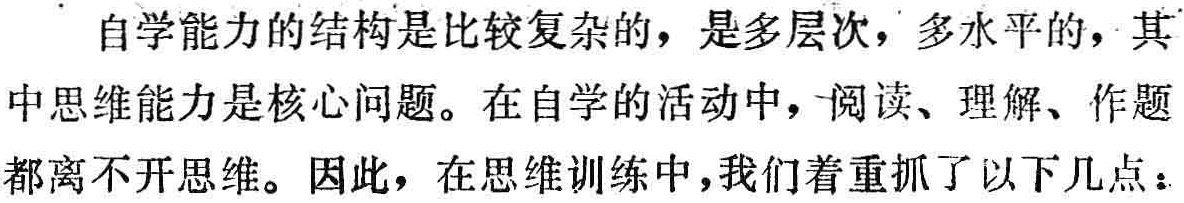
自学能力的结构是比较复杂的，是多层次，多水平的，其中思维能力是核心问题。在自学的活动中，阅读、理解、作题都离不开思维。因此，在思维训练中,我们着重抓了以下几点：